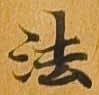
法